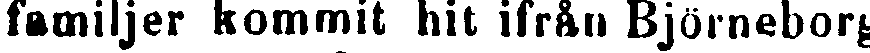
familjer kommit hit ifrån Björneborg